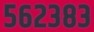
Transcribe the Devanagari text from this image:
५६२३८३